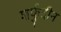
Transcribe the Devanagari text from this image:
शर्फुदीन